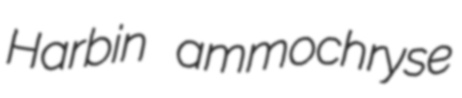
Harbin ammochryse